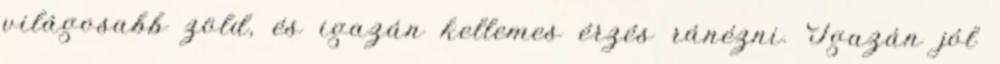
világosabb zöld, és igazán kellemes érzés ránézni. Igazán jól